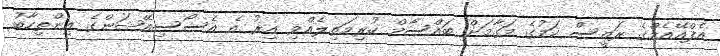
އެފްއޭއެމްގެ ރައީސް ކަމުގެ މަގާމަށް ބައްސާމް ކުރިމަތިލެއްވި އިރު އެ އެސޯސިއޭޝަންގެ އިންތިހާބު